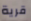
قرية